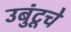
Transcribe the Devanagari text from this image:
उबुंटूचे